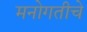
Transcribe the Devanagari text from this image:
मनोगतीचे